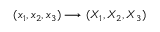
( x _ { 1 } , x _ { 2 } , x _ { 3 } ) \longrightarrow ( X _ { 1 } , X _ { 2 } , X _ { 3 } )